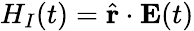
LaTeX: H_{I}(t)=\hat{\mathbf{r}}\cdot\mathbf{E}(t)